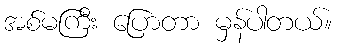
အစ်မကြီး ပြောတာ မှန်ပါတယ်။